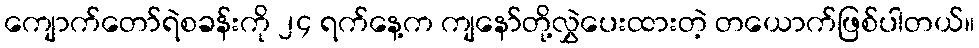
ကျောက်တော်ရဲစခန်းကို ၂၄ ရက်နေ့က ကျနော်တို့လွှဲပေးထားတဲ့ တယောက်ဖြစ်ပါတယ်။